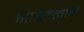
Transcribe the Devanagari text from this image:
भाडेतत्वाने